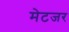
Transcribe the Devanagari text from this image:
मेटजर